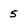
Character: 5